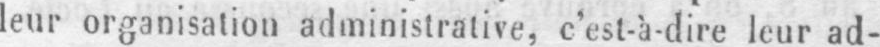
leur organisation administrative, c’est-à-dire leur ad-